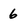
Character: 6